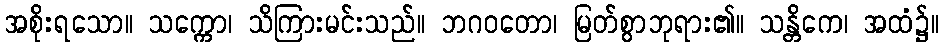
အစိုးရသော။ သက္ကော၊ သိကြားမင်းသည်။ ဘဂဝတော၊ မြတ်စွာဘုရား၏။ သန္တိကေ၊ အထံ၌။